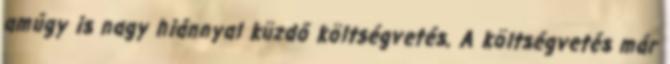
amúgy is nagy hiánnyal küzdő költségvetés. A költségvetés már